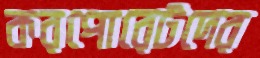
করপোরেটদের